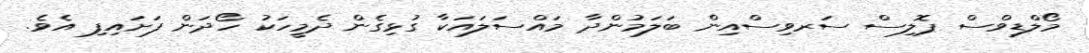
މޯލްޑިވްސް ޕޮލިސް ސަރވިސްއިން ބަލަމުންދާ މައްސަލައަކާ ގުޅިގެން ދެމީހަކު ހޯދަން ފަށައިފި އެވެ.